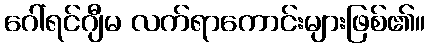
ဂေါ်ရင်ဂျီမ လက်ရာကောင်းများဖြစ်၏။